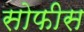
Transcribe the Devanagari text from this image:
सोफीस